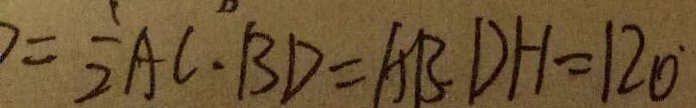
= \frac { 1 } { 2 } A C \cdot B D = A B D H = 1 2 0 ^ { \circ }